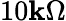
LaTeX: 10\mathbf{k}\Omega